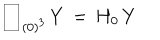
\begin{array} { | c | } \hline { { \hspace { . 2 c m } } } \\ \hline { { } } \\ \end{array} _ { \, ( 0 ) ^ { 3 } } \, Y \, = \, H _ { 0 } \, Y